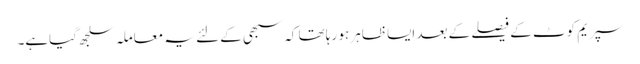
سپریم کوٹ کے فیصلے کے بعد ایسا ظاہر ہو رہا تھا کہ سبھی کے لئے یہ معاملہ سلجھ گیاہے۔